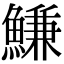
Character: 鰜